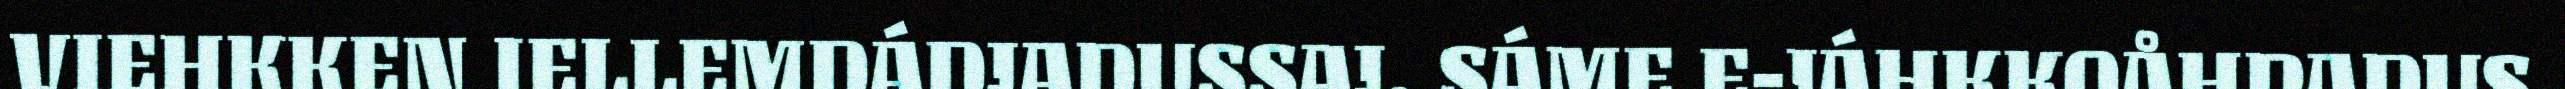
VIEHKKEN IELLEMDÁDJADUSSAJ. SÁME E-JÁHKKOÅHPADUS